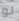
لو